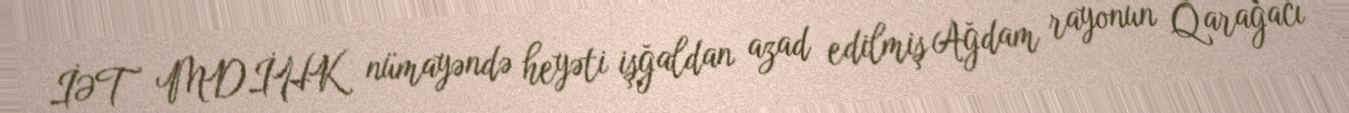
İƏT MDİHK nümayəndə heyəti işğaldan azad edilmiş Ağdam rayonun Qarağacı